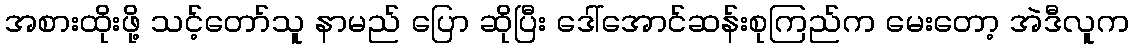
အစားထိုးဖို့ သင့်တော်သူ နာမည် ပြော ဆိုပြီး ဒေါ်အောင်ဆန်းစုကြည်က မေးတော့ အဲဒီလူက